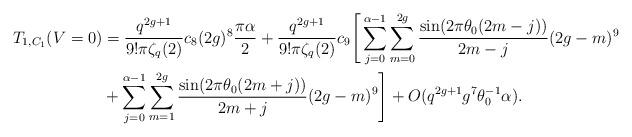
LaTeX: \begin{align*} T_{1,C_1}(V=0) &= \frac{q^{2g+1}}{9!\pi \zeta_q(2) } c_8 (2g)^8 \frac{\pi \alpha}{2} + \frac{q^{2g+1}}{9!\pi \zeta_q(2) } c_9 \Bigg[ \sum_{j=0}^{\alpha-1} \sum_{m=0}^{2g}\frac{ \sin (2 \pi \theta_0(2m-j))}{2m-j} (2g-m)^9 \\ &+ \sum_{j=0}^{\alpha-1} \sum_{m=1}^{2g} \frac{ \sin (2 \pi \theta_0(2m+j))}{2m+j} (2g-m)^9 \Bigg] +O(q^{2g+1}g^7 \theta_0^{-1} \alpha). \end{align*}